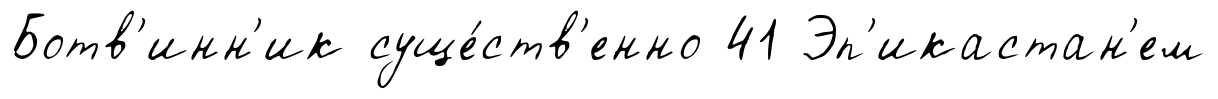
Ботв'инн'ик суще́ств'енно 41 Эп'икастан'ем